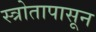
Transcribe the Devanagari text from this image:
स्त्रोतापासून